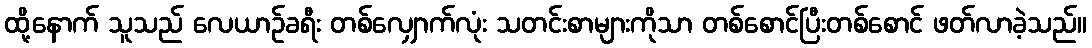
ထို့နောက် သူသည် လေယာဉ်ခရီး တစ်လျှောက်လုံး သတင်းစာများကိုသာ တစ်စောင်ပြီးတစ်စောင် ဖတ်လာခဲ့သည်။